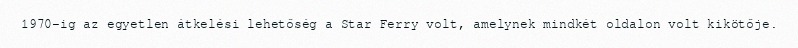
1970-ig az egyetlen átkelési lehetőség a Star Ferry volt, amelynek mindkét oldalon volt kikötője.